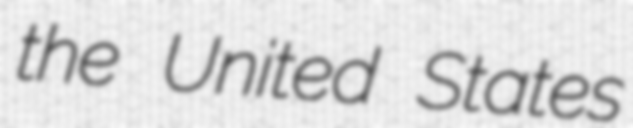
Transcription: the United States